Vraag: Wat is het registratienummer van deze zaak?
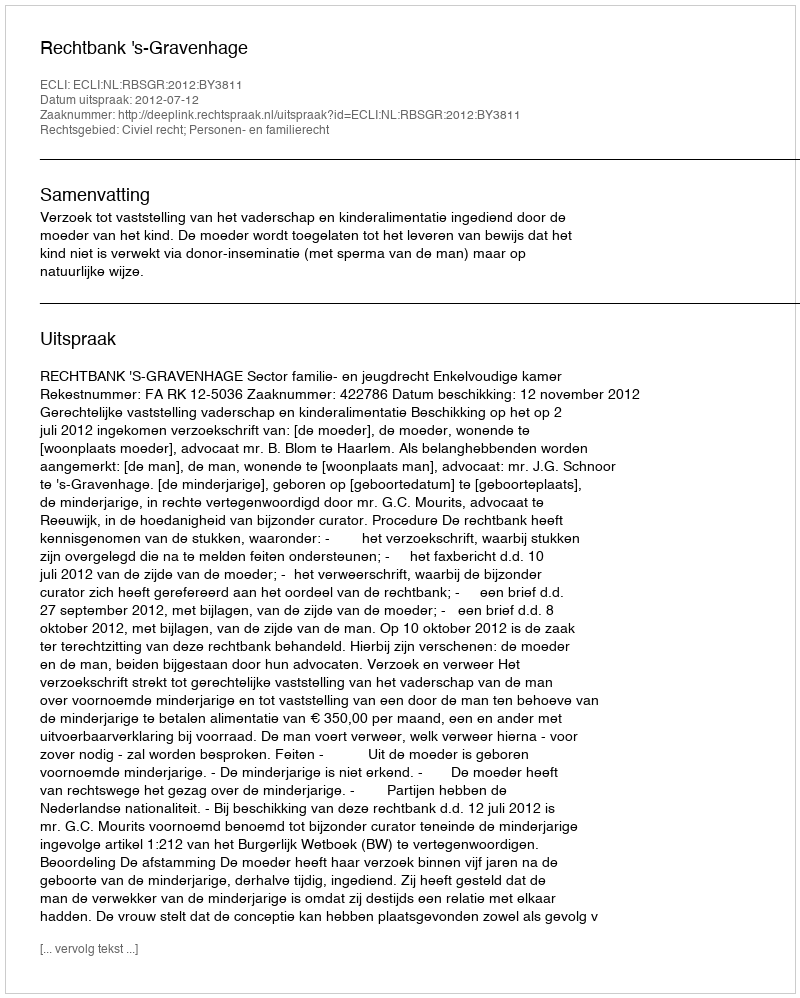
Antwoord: http://deeplink.rechtspraak.nl/uitspraak?id=ECLI:NL:RBSGR:2012:BY3811